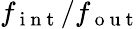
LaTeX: f_{\mathrm{~i~n~t~}}/f_{\mathrm{~o~u~t~}}